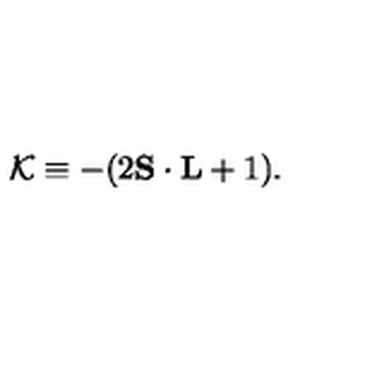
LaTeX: { \cal K } \equiv - ( 2 { \bf S } \cdot { \bf L } + 1 ) .